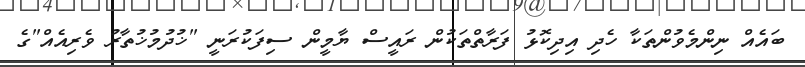
ބައެއް ނިންމެވުންތަކާ ހެދި އިދިކޮޅު ފަރާތްތަކުން ރައީސް ޔާމީން ސިފަކުރަނީ "ޚުދުމުޚުތާރު ވެރިއެއް"ގެ